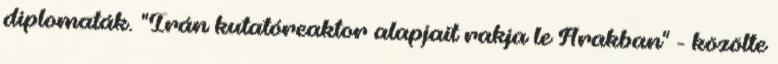
diplomaták. "Irán kutatóreaktor alapjait rakja le Arakban" - közölte